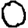
Digit: 0